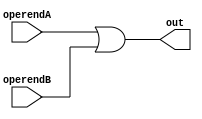
module or32(operendA, operendB, out);
	parameter n = 32;
	input[n-1:0] operendA;
	input[n-1:0] operendB;
	output[n-1:0] out;
	
	assign out = operendA | operendB;
	
endmodule